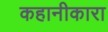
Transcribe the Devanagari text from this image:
कहानीकारा